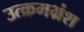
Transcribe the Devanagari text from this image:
उत्क्रमभ्रंश